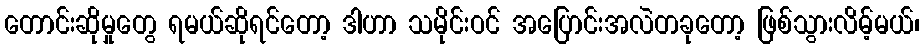
တောင်းဆိုမှုတွေ ရမယ်ဆိုရင်တော့ ဒါဟာ သမိုင်းဝင် အပြောင်းအလဲတခုတော့ ဖြစ်သွားလိမ့်မယ်၊